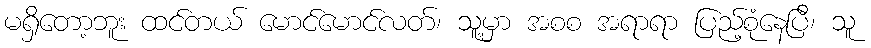
မရှိတော့ဘူး ထင်တယ် မောင်မောင်လတ်၊ သူ့မှာ အစစ အရာရာ ပြည့်စုံနေပြီ၊ သူ